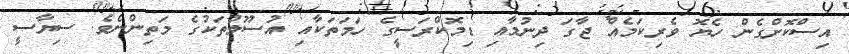
އިސްކޮށްގެން ހެޔޮ ވެރިކަމެއް ޖާގަ ދިނުމާއި ޑިމޮކްރަސީގެ ހަމަތަކާއި އުސޫލުތަކުގެ މަތިންނެވެ. ސިޔާސީ